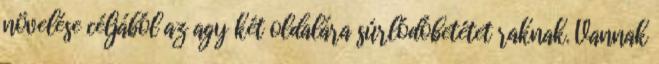
növelése céljából az agy két oldalára súrlódóbetétet raknak. Vannak